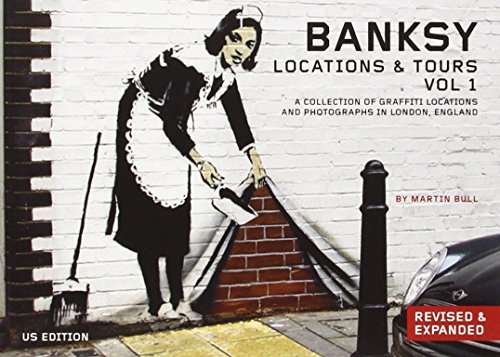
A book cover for Banksy Locations & Tours Volume 1: A Collection of Graffiti Locations and Photographs in London, England; Arts & Photography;